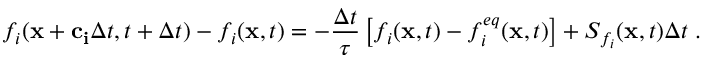
f _ { i } ( \mathbf { x } + \mathbf { c _ { i } } \Delta t , t + \Delta t ) - f _ { i } ( \mathbf { x } , t ) = - \frac { \Delta t } { \tau } \left[ f _ { i } ( \mathbf { x } , t ) - f _ { i } ^ { e q } ( \mathbf { x } , t ) \right] + S _ { f _ { i } } ( \mathbf { x } , t ) \Delta t \; .